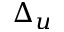
\Delta _ { u }